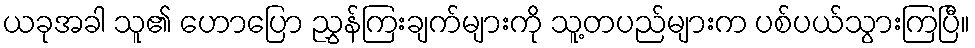
ယခုအခါ သူ၏ ဟောပြော ညွှန်ကြးချက်များကို သူ့တပည်များက ပစ်ပယ်သွားကြပြီ။